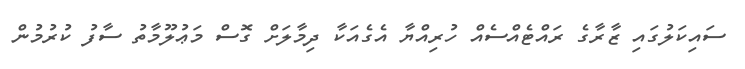
ސައިކަލުގައި ޒާރާގެ ރައްޓެއްސެއް ހުރިއްޔާ އެގެއަކާ ދިމާލަށް ގޮސް މަޢުލޫމާތު ސާފު ކުރުމުން